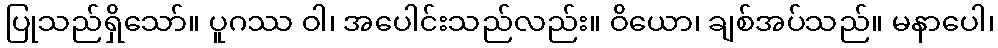
ပြုသည်ရှိသော်။ ပူဂဿ ဝါ၊ အပေါင်းသည်လည်း။ ဝိယော၊ ချစ်အပ်သည်။ မနာပေါ၊